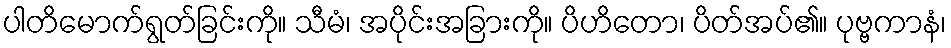
ပါတိမောက်ရွတ်ခြင်းကို။ သီမံ၊ အပိုင်းအခြားကို။ ပိဟိတော၊ ပိတ်အပ်၏။ ပုဗ္ဗကာနံ၊